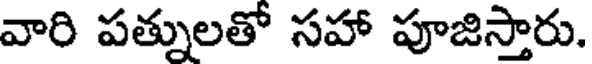
వారి పత్నులతో సహా పూజిస్తారు.